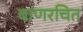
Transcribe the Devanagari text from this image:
बाणरचित